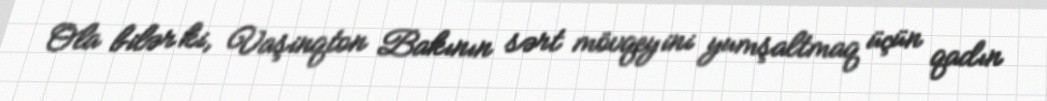
Ola bilər ki, Vaşinqton Bakının sərt mövqeyini yumşaltmaq üçün qadın